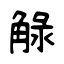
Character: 觮